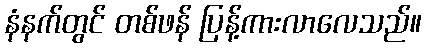
နံနက်တွင် တစ်ဖန် ပြန့်ကားလာလေသည်။